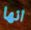
انها